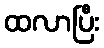
ထလာပြီး